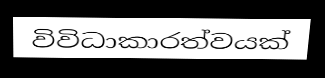
විවිධාකාරත්වයක්